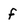
Character: f